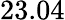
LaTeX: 23.04